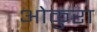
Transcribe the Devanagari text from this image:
ओकुरा